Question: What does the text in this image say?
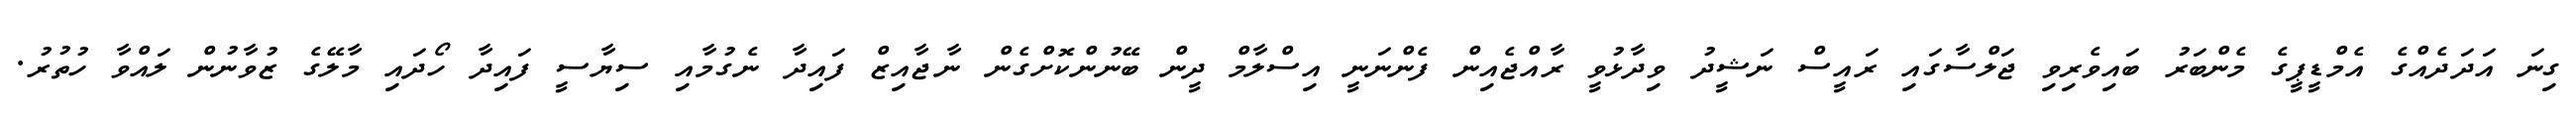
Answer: ގިނަ އަދަދެއްގެ އެމްޑީޕީގެ މެންބަރު ބައިވެރިވި ޖަލްސާގައި ރައީސް ނަޝީދު ވިދާޅުވީ ރާއްޖެއިން ފެންނަނީ އިސްލާމް ދީން ބޭނުންކޮށްގެން ނާޖާއިޒް ފައިދާ ނެގުމާއި ސިޔާސީ ފައިދާ ހޯދައި މާލޭގެ ޒުވާނުން ލައްވާ ހުތުރު.